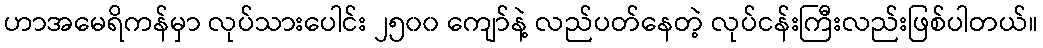
ဟာအမေရိကန်မှာ လုပ်သားပေါင်း ၂၅၀၀ ကျော်နဲ့ လည်ပတ်နေတဲ့ လုပ်ငန်းကြီးလည်းဖြစ်ပါတယ်။